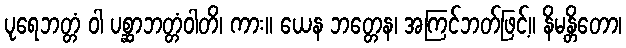
ပုရေဘတ္တံ ဝါ ပစ္ဆာဘတ္တံဝါတိ၊ ကား။ ယေန ဘတ္တေန၊ အကြင်ဘတ်ဖြင့်။ နိမန္တိတော၊